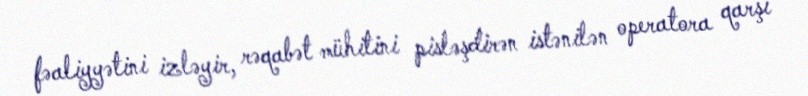
fəaliyyətini izləyir, rəqabət mühitini pisləşdirən istənilən operatora qarşı